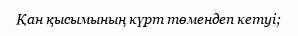
Қан қысымының күрт төмендеп кетуі;